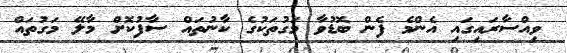
ވިއްސާރައިގައި އެންމެ ފެން ބޮޑުވާ މަގުތަކުގެ ކާނުތައް ސާފުކޮށް މާލޭ މަގުތައް